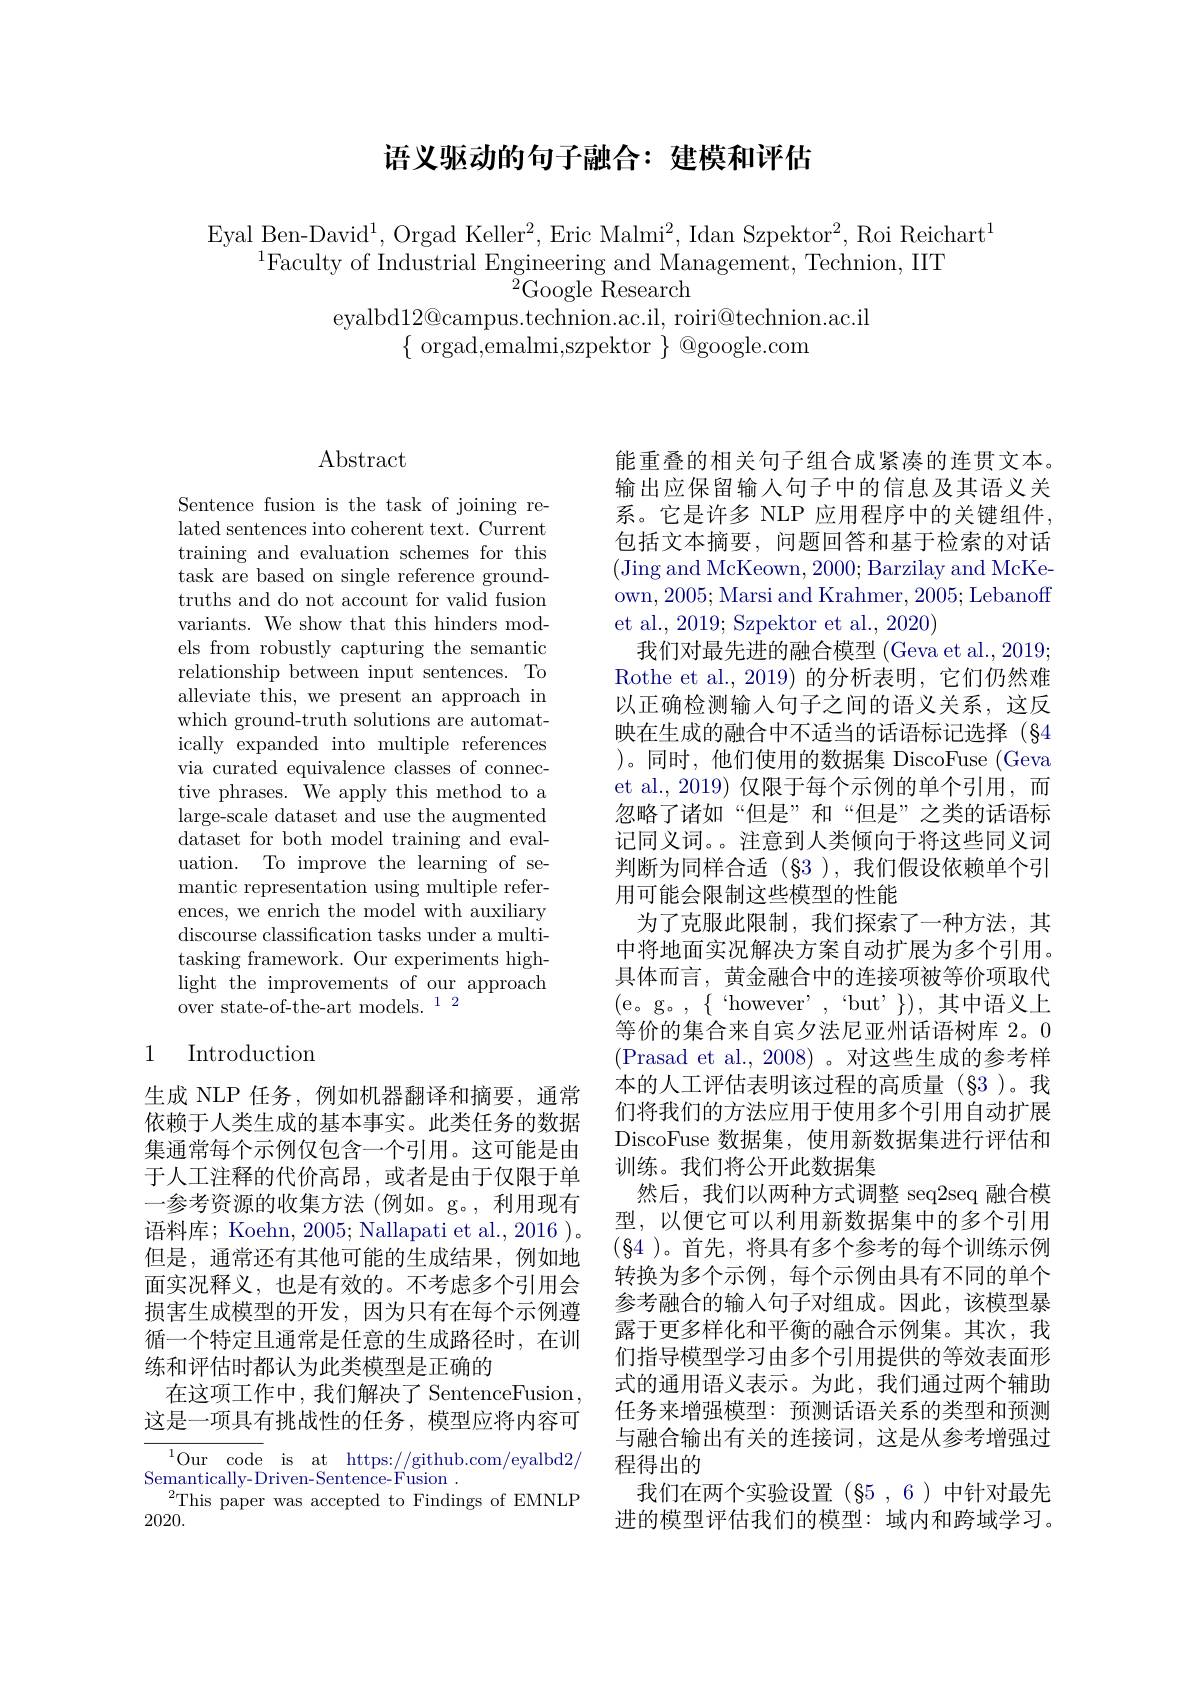
## 语义驱动的句子融合：建模和评估

Eyal Ben-David$^1$, Orgad Keller$^2$,Eric Malmi$^2$, Idan Szpektor$^2$, Roi Reichart$^1$
$^{1}$Faculty of Industrial Engineering and Management, Technion, IIT
${}^{{\tilde{2}}}$Google Research
eyalbd$12@$campus.technion.ac.il, roiri@technion.ac.il

$\{{\mathrm{~orgad,emalmi,szpektor~}}\}{\textcircled {Q}}$google.com

## $\operatorname{Abstract}$

Sentence fusion is the task of joining related sentences into coherent text. Current training and evaluation schemes for this task are based on single reference groundtruths and do not account for valid fusion variants. We show that this hinders models from robustly capturing the semantic relationship between input sentences. To alleviate this, we present an approach in which ground-truth solutions are automatically expanded into multiple references via curated equivalence classes of connective phrases. We apply this method to a large-scale dataset and use the augmented $\bar{\text{dataset for both model training and eval-}}$ uation. To improve the learning of semantic representation using multiple references, we enrich the model with auxiliary discourse classification tasks under a multitasking framework. Our experiments highlight the improvements of our approach over state-of-the-art models.$^{12}$

## 1 Introduction

生成 NLP 任务，例如机器翻译和摘要，通常依赖于人类生成的基本事实。此类任务的数据集通常每个示例仅包含一个引用。这可能是由于人工注释的代价高昂，或者是由于仅限于单一参考资源的收集方法(例如。g。,利用现有语料库；Koehn, 2005; Nallapati et al., 2016 )。但是，通常还有其他可能的生成结果，例如地面实况释义，也是有效的。不考虑多个引用会损害生成模型的开发，因为只有在每个示例遵循一个特定且通常是任意的生成路径时，在训练和评估时都认为此类模型是正确的
在这项工作中，我们解决了 SentenceFusion , 这是一项具有挑战性的任务，模型应将内容可
$^{1}$Our code is at https://github.com/eyalbd2/
Semantically-Driven-Sentence-Fusion .
This paper was accepted to Findings of EMNLP
2020.

能重叠的相关句子组合成紧凑的连贯文本。输出应保留输入句子中的信息及其语义关系。它是许多 NLP 应用程序中的关键组件， 包括文本摘要，问题回答和基于检索的对话(Jing and McKeown, 2000; Barzilay and McKeown, 2005; Marsi and Krahmer, 2005; Lebanoff et al., 2019; Szpektor et al., 2020)
我们对最先进的融合模型 (Geva et al., 2019; Rothe et al., 2019) 的分析表明，它们仍然难以正确检测输入句子之间的语义关系，这反映在生成的融合中不适当的话语标记选择(§4 )。同时，他们使用的数据集 DiscoFuse (Geva et al.,2019) 仅限于每个示例的单个引用，而忽略了诸如“但是”和“但是”之类的话语标记同义词。。注意到人类倾向于将这些同义词判断为同样合适(§3),我们假设依赖单个引用可能会限制这些模型的性能
为了克服此限制，我们探索了一种方法，其中将地面实况解决方案自动扩展为多个引用。具体而言，黄金融合中的连接项被等价项取代(e。g。,$\{$“however”,“but’$\})$,其中语义上等价的集合来自宾夕法尼亚州话语树库 2。0 (Prasad et al., 2008)。对这些生成的参考样本的人工评估表明该过程的高质量(§3)。我们将我们的方法应用于使用多个引用自动扩展DiscoFuse 数据集，使用新数据集进行评估和训练。我们将公开此数据集
然后，我们以两种方式调整 seq2seq 融合模型，以便它可以利用新数据集中的多个引用$(\S4$ )。首先，将具有多个参考的每个训练示例转换为多个示例，每个示例由具有不同的单个参考融合的输入句子对组成。因此，该模型暴露于更多样化和平衡的融合示例集。其次，我们指导模型学习由多个引用提供的等效表面形式的通用语义表示。为此，我们通过两个辅助任务来增强模型：预测话语关系的类型和预测与融合输出有关的连接词，这是从参考增强过程得出的
我们在两个实验设置(§5,6)中针对最先进的模型评估我们的模型：域内和跨域学习。